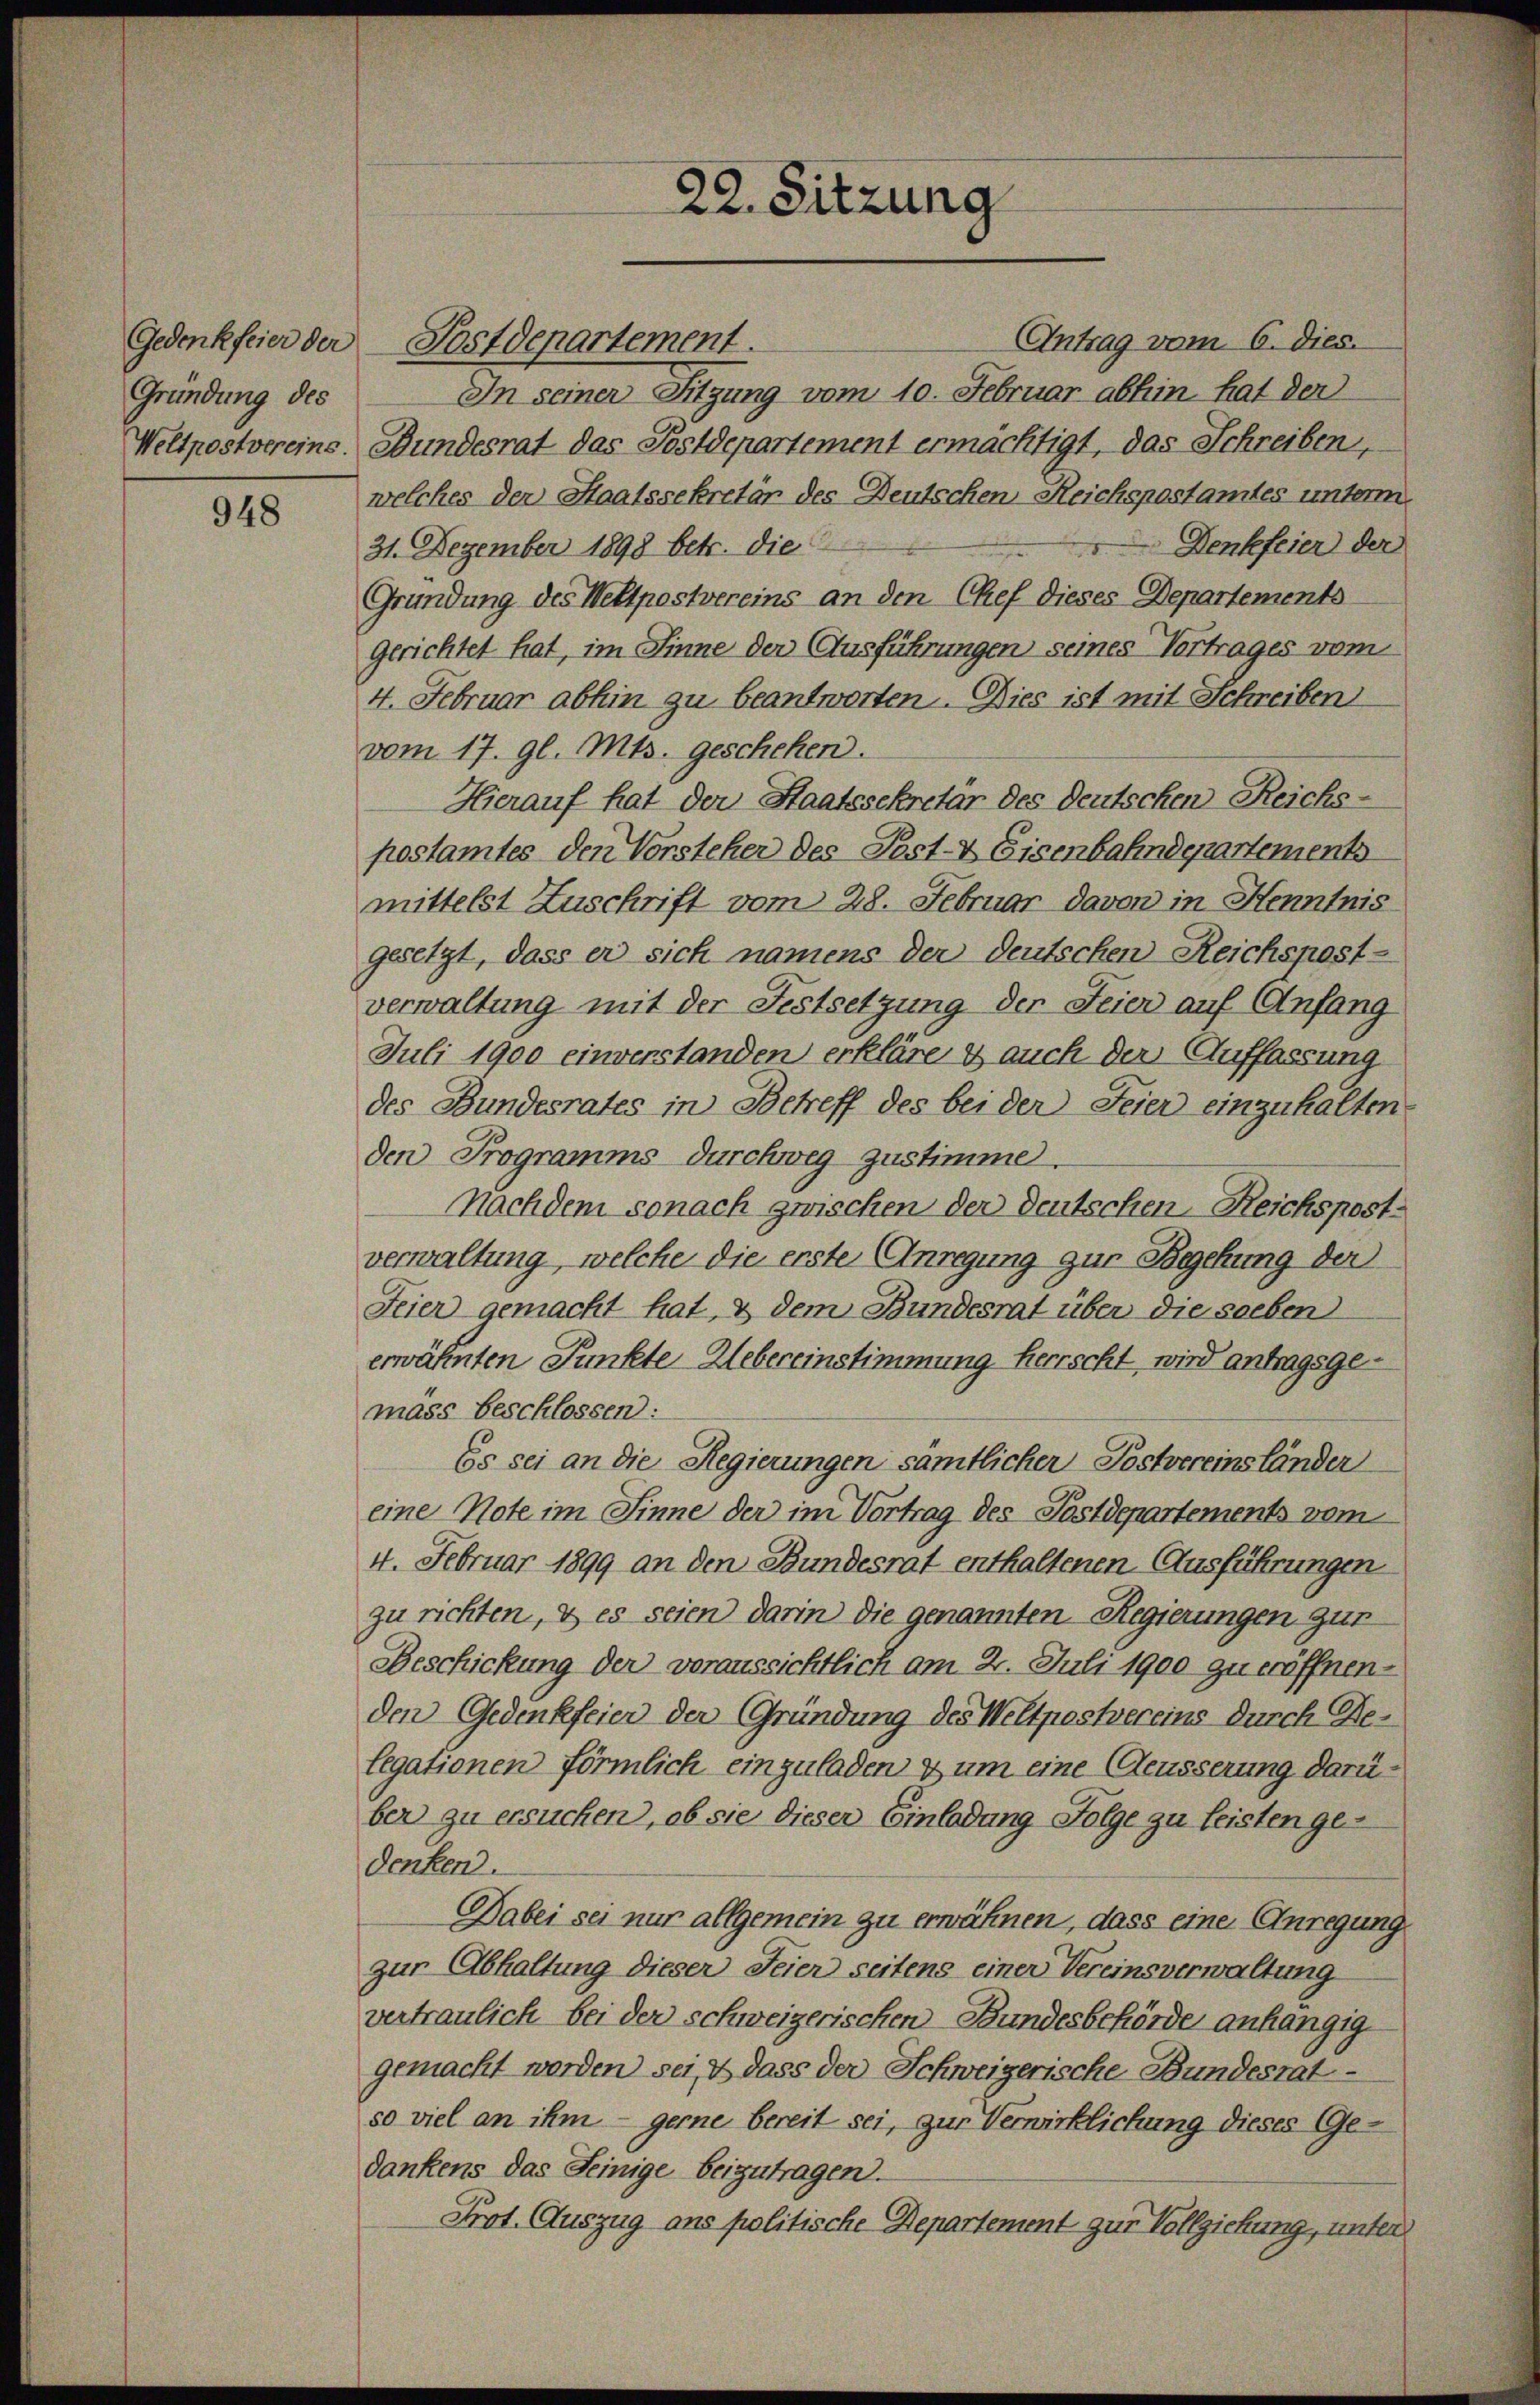
Gründung des

948

22. Sitzung

Antrag vom 6. Dies.
Gedenkfeier der Postdepartement.
In seiner Sitzung vom 10. Februar abhin hat der
Weltpostvereine. Bundesrat das Postdepartement ermächtigt, das Schreiben,
welches der Staatssekretär des Deutschen Reichspostamtes unterm
Denkefeier der
31. Dezember 1898 betr. die
Gründung des Wettpostvereins an den Chef dieses Departements
Gerichtet hat, im Sinne der Ausführungen seines Vortrages vom
4. Februar abhin zu beantworten. Dies ist mit Schreiben
vom 17. gl. Mts. geschehen.
Hierauf hat der Staatssekretär des Deutschen Reichs-
postamtes den Vorsteher des Post- & Eisenbahndepartements
mittelst Zuschrift vom 28. Februar davon in Henntnis
gesetzt, dass er sich namens der deutschen Reichspost-
verwaltung mit der Festsetzung der Feier auf Anfang
Juli 1900 einverstanden erkläre es auch der Auffassung
des Bundesrates in Betreff des bei der Feier einzuhalten
den Programms durchweg zustimme.
Nachdem sonach zwischen der Deutschen Reichspostverwaltung, welche die erste Anregung zur Begehung der
Feier gemacht hat, & dem Bundesrat über die soeben
erwähnten Punkte Uebereinstimmung herrscht, wird antragsgemäss beschlossen:
Es sei an die Regierungen sämtlicher Postvereinsländer
eine Note im Sinne der im Vortrag des Postdepartements vom
4. Februar 1899 an den Bundesrat enthaltenen Ausführungen
zu richten, & es seien darin die genannten Regierungen zur
Beschickung der voraussichtlich am 2. Juli 1900 zu eröffnenden Gedenkfeier der Gründung des Weltpostereins durch Belegationen förmlich einzuladen & um eine Aeusserung darüber zu ersuchen, ob sie dieser Einladung Folge zu leisten ge
denkend.
Dabei sei nur allgemein zu erwähnen, dass eine Anregung
zur Abhaltung dieser Seier seitens einer Vereinsverwaltung
vertraulich bei der schweizerischen Bundesbehörde anhängig
gemacht werden sei, & dass der Schweizerische Bundesrat
so viel an ihm - gerne bereit sei, zur Verwirklichung dieses Gedankens das Seinige beizutragen.
Prot. Auszug ans politische Departement zur Vollziehung, unter